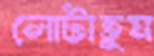
লোটাতুম